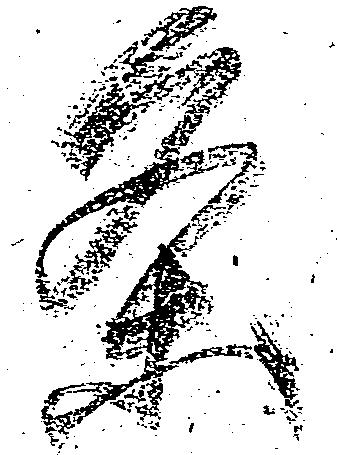
条